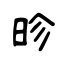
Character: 昣